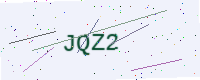
Text: JQZ2